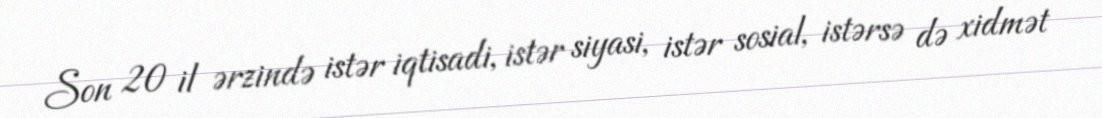
Son 20 il ərzində istər iqtisadi, istər siyasi, istər sosial, istərsə də xidmət